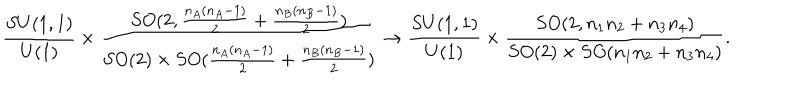
LaTeX: \frac { S U ( 1 , 1 ) } { U ( 1 ) } \times \frac { S O ( 2 , \frac { n _ { A } ( n _ { A } - 1 ) } { 2 } + \frac { n _ { B } ( n _ { B } - 1 ) } { 2 } ) } { S O ( 2 ) \times S O ( \frac { n _ { A } ( n _ { A } - 1 ) } { 2 } + \frac { n _ { B } ( n _ { B } - 1 ) } { 2 } ) } \to \frac { S U ( 1 , 1 ) } { U ( 1 ) } \times \frac { S O ( 2 , n _ { 1 } n _ { 2 } + n _ { 3 } n _ { 4 } ) } { S O ( 2 ) \times S O ( n _ { 1 } n _ { 2 } + n _ { 3 } n _ { 4 } ) } .